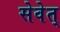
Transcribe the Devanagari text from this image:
सेवेत्